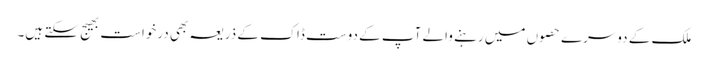
ملک کے دوسرے حصوں میں رہنے والے آپ کے دوست ڈاک کے ذریعہ بھی درخواست بھیج سکتے ہیں۔